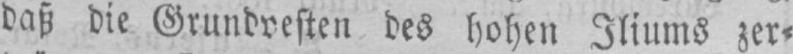
daß die Grundvesten des hohen Iliums zer⸗